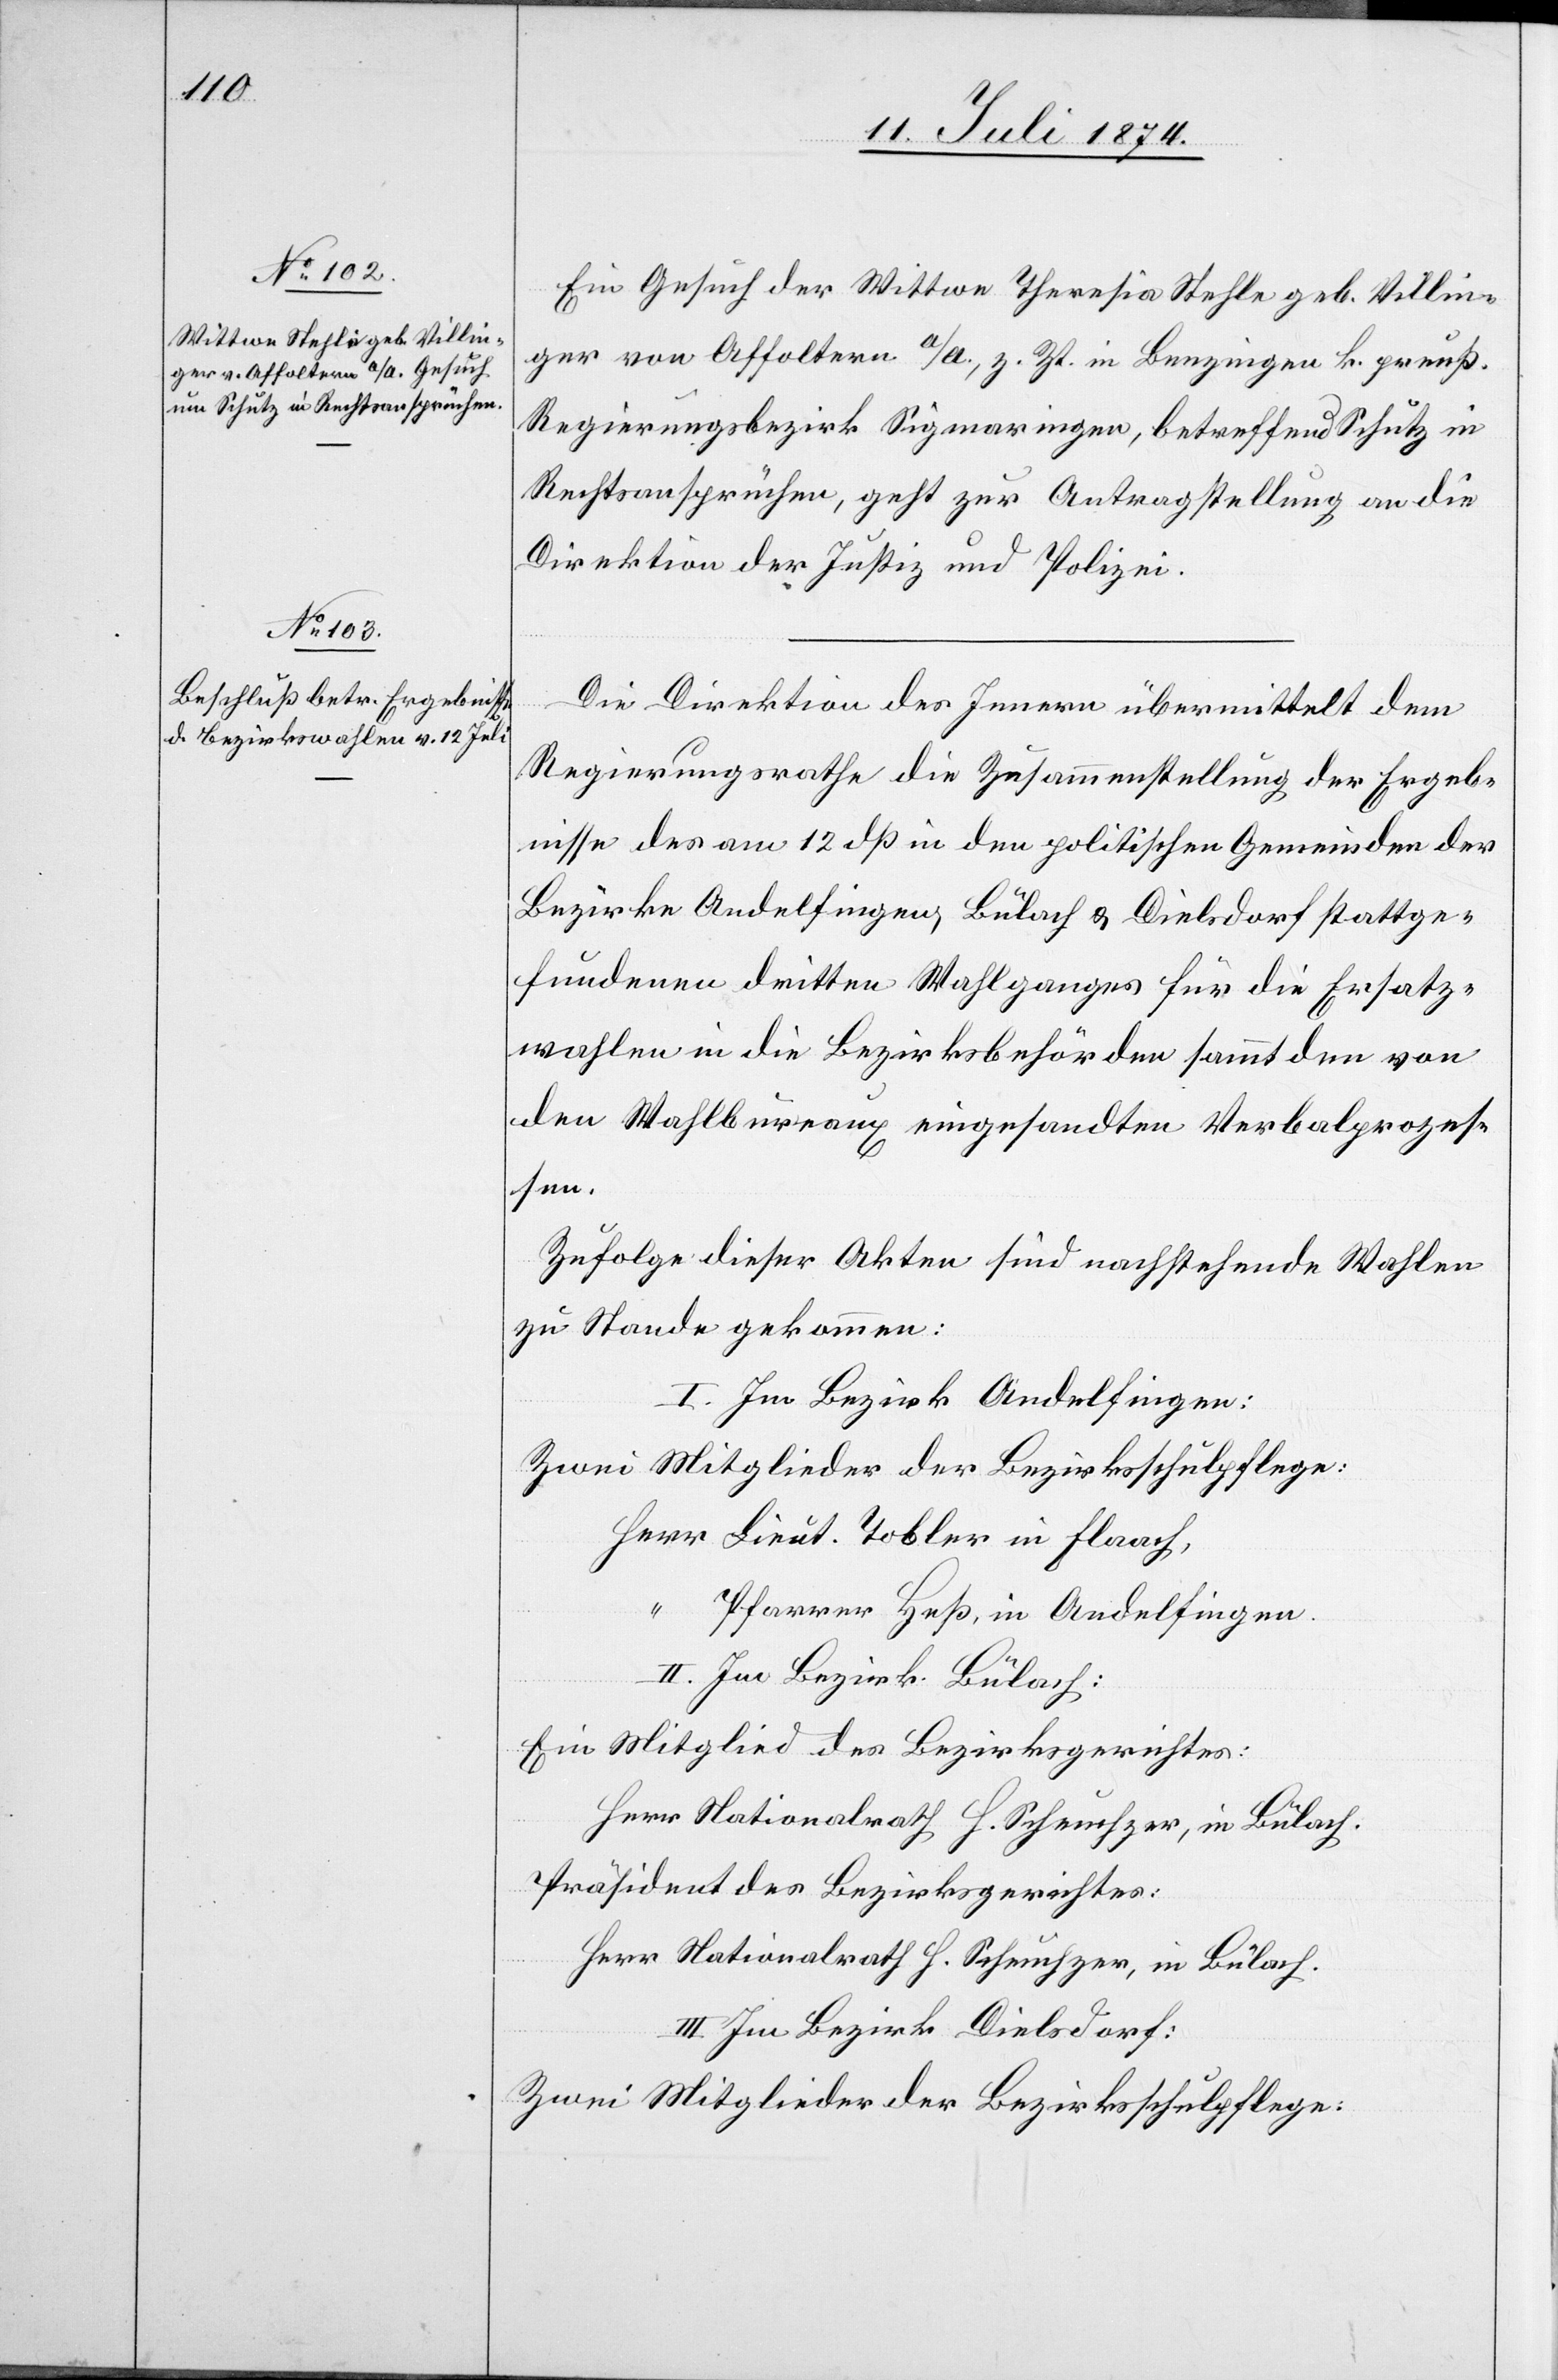
14. Juli 1874]
Ein Gesuch der Wittwe Theresia Stehle geb. Villin¬
ger von Affoltern a/A., z. Zt. in Benzingen k. preuß.
Regierungsbezirk Sigmaringen, betreffend Schutz in
Rechtsansprüchen, geht zur Antragstellung an die
Direktion der Justiz und Polizei.
Die Direktion des Innern übermittelt dem
Regierungsrathe die Zusammenstellung der Ergeb¬
nisse des am 12. dß in den politischen Gemeinden der
Bezirke Andelfingen, Bülach u. Dielsdorf stattge¬
fundenen dritten Wahlganges für die Ersatz¬
wahlen in die Bezirksbehörden sammt den von
den Wahlbureaux eingesandten Verbalprozes¬
sen.
Zufolge dieser Akten sind nachstehende Wahlen
zu Stande gekommen:
I. Im Bezirk Andelfingen:
Zwei Mitglieder der Bezirksschulpflege:
Herr Lieut. Tobler in Flaach,
“ Pfarrer Huß, in Andelfingen.
II. Im Bezirk Bülach:
Ein Mitglied des Bezirksgerichtes:
Herr Nationalrath. H. Scheuchzer, in Bülach.
Präsident des Bezirksgerichtes:
III. Im Bezirk Dielsdorf:
Zwei Mitglieder der Bezirksschulpflege: